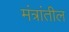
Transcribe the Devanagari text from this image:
मंत्रांतील